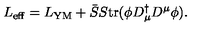
L _ { \mathrm { e f f } } = L _ { \mathrm { Y M } } + \bar { S } S \mathrm { t r } ( \phi D _ { \mu } ^ { \dagger } D ^ { \mu } \phi ) .